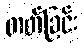
တတ်ခြင်း